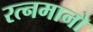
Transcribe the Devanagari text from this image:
रत्नमानो